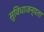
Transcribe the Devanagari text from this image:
सुविधाजन्यता